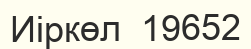
Иіркөл  19652